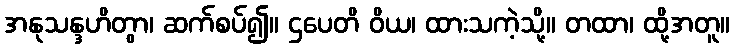
အနုသန္ဒဟိတွာ၊ ဆက်စပ်၍။ ဌပေတိ ဝိယ၊ ထားသကဲ့သို့။ တထာ၊ ထို့အတူ။